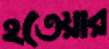
হতেয়ার